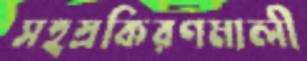
সহস্রকিরণমালী